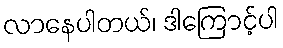
လာနေပါတယ်၊ ဒါကြောင့်ပါ